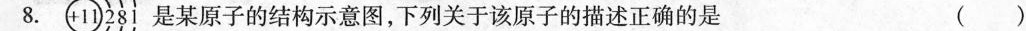
8. 是某原子的结构示意图，下列关于该原子的描述正确的是 ()